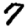
Digit: 7